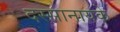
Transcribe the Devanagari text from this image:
दस्सानायके